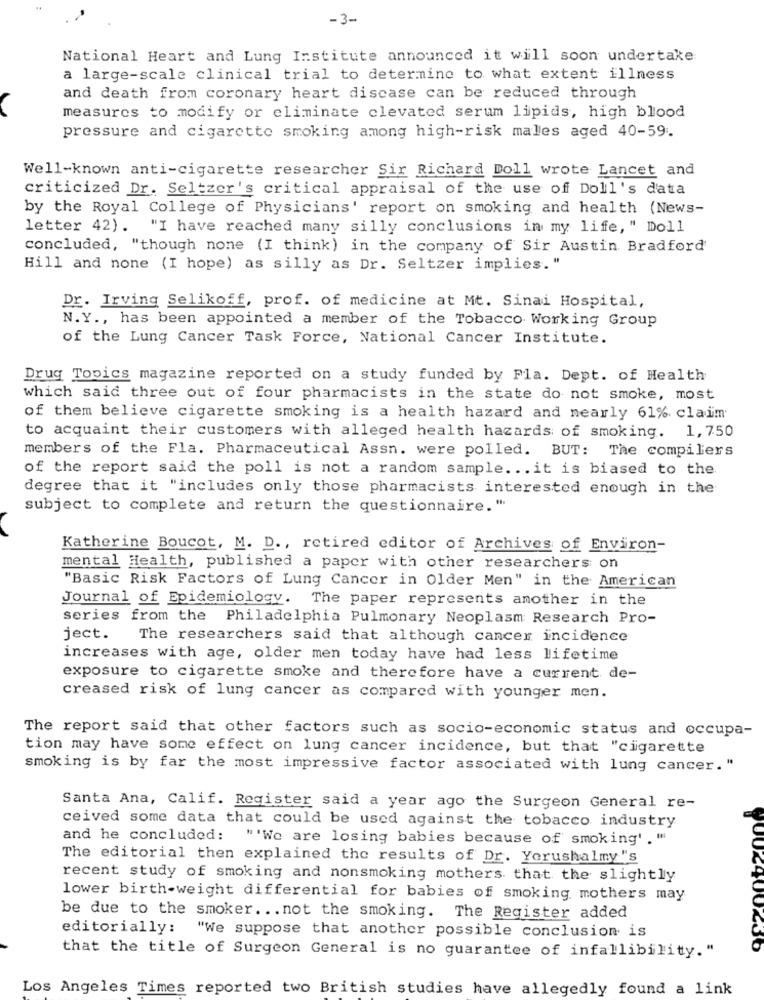
-3-
National Heart and Lung Institute announced it will soon undertake
a large-scale clinical trial to determine to what extent illness
and death from coronary heart discase can be reduced through
measures to modify or eliminate clevated serum lipids, high blood
pressure and cigarette smoking among high-risk males aged 40-59.
Well-known anti-cigarette researcher Sir Richard Doll wrote Lancet and
criticized Dr. Seltzer's critical appraisal of the use of Doll's data
by the Royal College of Physicians' report on smoking and health (News-
letter 42). "I have reached many silly conclusions in my life, " Doll
concluded, "though none (I think) in the company of Sir Austin Bradford
Hill and none (I hope) as silly as Dr. Seltzer implies."
Dr. Irving Selikoff, prof. of medicine at Mt. Sinai Hospital,
N.Y ., has been appointed a member of the Tobacco Working Group
of the Lung Cancer Task Force, National Cancer Institute.
Drug Topics magazine reported on a study funded by Fla. Dept. of Health
which said three out of four pharmacists in the state do not smoke, most
of them believe cigarette smoking is a health hazard and nearly 61% claim
to acquaint their customers with alleged health hazards of smoking. 1,750
members of the Fla. Pharmaceutical Assn. were polled. BUT: The compilers
of the report said the poll is not a random sample. .. it is biased to the
degree that it "includes only those pharmacists interested enough in the
subject to complete and return the questionnaire."
Katherine Boucot, M. D ., retired editor of Archives of Environ-
mental Health, published a paper with other researchers on
"Basic Risk Factors of Lung Cancer in Older Men" in the American
Journal of Epidemiology. The paper represents another in the
series from the Philadelphia Pulmonary Neoplasm Research Pro-
ject.
The researchers said that although cancer incidence
increases with age, older men today have had less lifetime
exposure to cigarette smoke and therefore have a current de-
creased risk of lung cancer as compared with younger men.
The report said that other factors such as socio-economic status and occupa-
tion may have some effect on lung cancer incidence, but that "cigarette
smoking is by far the most impressive factor associated with lung cancer."
Santa Ana, Calif. Register said a year ago the Surgeon General re-
ceived some data that could be used against the tobacco industry
and he concluded: "'We are losing babies because of smoking'."
The editorial then explained the results of Dr. Yorushalmy's
recent study of smoking and nonsmoking mothers that the slightly
lower birth-weight differential for babies of smoking mothers may
be due to the smoker ... not the smoking. The Register added
editorially: "We suppose that another possible conclusion is
400230
that the title of Surgeon General is no guarantee of infallibility."
Los Angeles Times reported two British studies have allegedly found a link